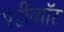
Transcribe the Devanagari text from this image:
एंडीव्यॉर